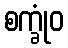
စက္ခုံဝ